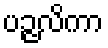
ပဉ္ဇလိကာ